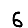
Digit: 6